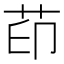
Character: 茚